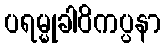
ပရမ္မုခါဝိကပ္ပနာ